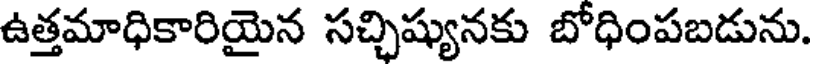
ఉత్తమాధికారియైన సచ్చిష్యునకు బోధింపబడును.